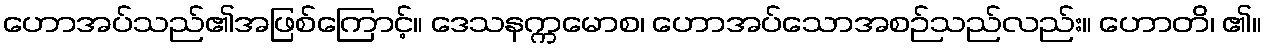
ဟောအပ်သည်၏အဖြစ်ကြောင့်။ ဒေသနက္ကမောစ၊ ဟောအပ်သောအစဉ်သည်လည်း။ ဟောတိ၊ ၏။